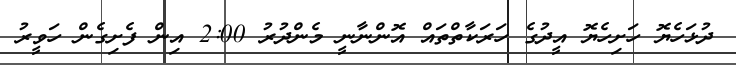
ދުޅަހެޔޮ ހަށިހެޔޮ އީދުގެ ހަރަކާތްތައް އޮންނާނީ މެންދުރު 2:00 އިން ފެށިގެން ހަވީރު